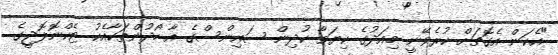
"އެކަން އެގޮތަށް ކުރެވޭނީ މިއަދުގެ ކިޔަވާ ކުދިން ސައިންސްގެ އާ ހޯދުންތަކާއެކު ޓެކްނޮލޮޖީގެ